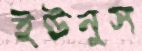
ইউনুস